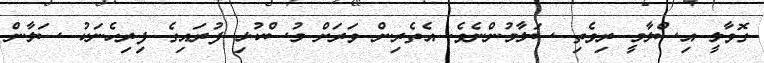
ގޮވާލީ އިސްލާމީ ރިވެތި ސަލާމުންނެވެ. އެތެރިން ވަރަށް މުސްކުޅި ފުރައިގެ ފިރިހެނަކު ސަލާން